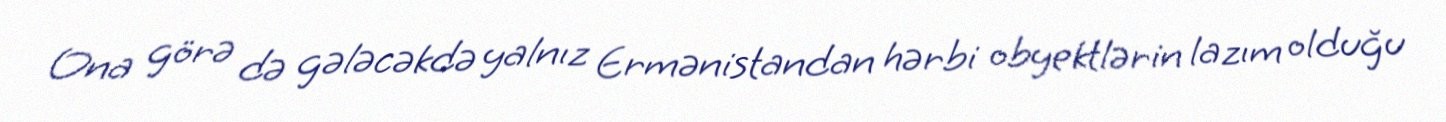
Ona görə də gələcəkdə yalnız Ermənistandan hərbi obyektlərin lazım olduğu